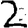
Digit: 2